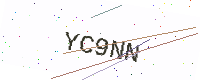
Text: YC9NN